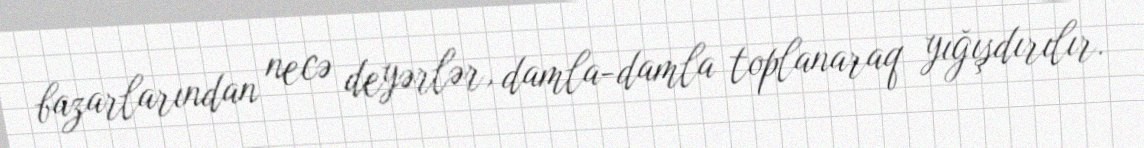
bazarlarından necə deyərlər, damla-damla toplanaraq yığışdırılır.